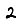
Digit: 2